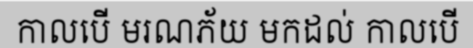
កាលបើ មរណភ័យ មកដល់ កាលបើ